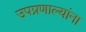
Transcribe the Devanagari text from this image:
उपप्रणाल्यांना